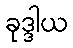
ခုဒ္ဒါယ